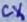
Text: CX